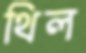
থিল